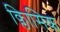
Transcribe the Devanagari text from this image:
क्लािसिक